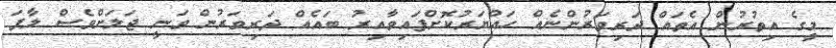
މީގެ އިތުރުން އެތައް ދަރިވަރުންނެއް ހައްޔަރުކޮށްފައިވާއިރު ބައެއް ދަރިވަރުން ވަނީ ޖަލަށްވެސް ލާފަ